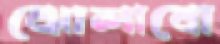
ঝোলাবো